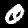
Label: 0